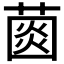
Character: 𦸠